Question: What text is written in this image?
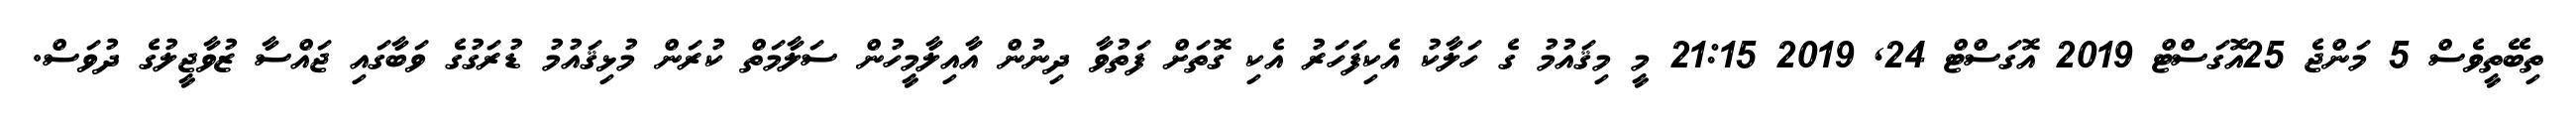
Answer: ތިބޭތީވެސް 5 މަންޖެ 25އޮގަސްޓް 2019 އޮގަސްޓް 24, 2019 21:15 މީ މިޤައުމު ގެ ހަލާކު އެކިފަހަރު އެކި ގޮތަށް ފަތުވާ ދިނުން އާއިލާމީހުން ސަލާމަތް ކުރަން މުޅިޤައުމު ޑުރަގުގެ ވަބާގައި ޖައްސާ ޒުވާޖީލުގެ ދުވަސް.